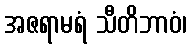
အဇရာမရံ သီတိဘာဝံ၊